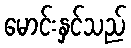
မောင်းနှင်သည်